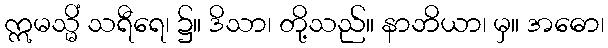
ဣမသ္မိံ သရီရေ၊ ၌။ ဒိသာ၊ တို့သည်။ နာဘိယာ၊ မှ။ အဓော၊